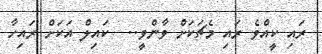
ރައި ކީއްވެ ރައި މެޗަކަށް ވާންވީ..  ކައިލް އަކަށް ރައިހާ